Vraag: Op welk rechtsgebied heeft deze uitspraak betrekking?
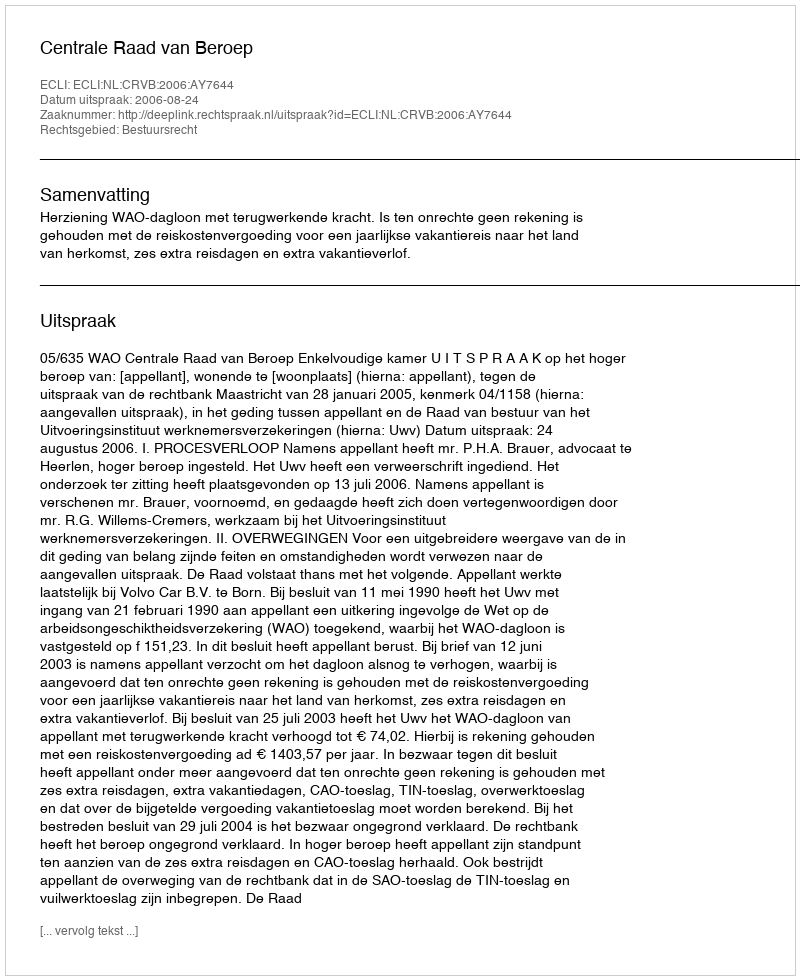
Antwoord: Bestuursrecht